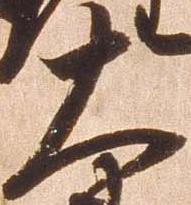
大